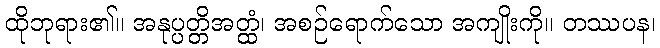
ထိုဘုရား၏။ အနုပ္ပတ္တိအတ္ထံ၊ အစဉ်ရောက်သော အကျိုးကို။ တဿပန၊